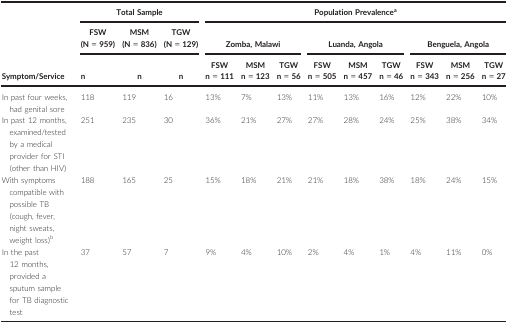
| <ROWSPAN=3> Symptom/Service | <COLSPAN=3> Total Sample | <COLSPAN=9> Population Prevalencea |
 | FSW (N = 959) | MSM (N = 836) | TGW (N = 129) | <COLSPAN=3> Zomba, Malawi | <COLSPAN=3> Luanda, Angola | <COLSPAN=3> Benguela, Angola |
 | n | n | n | FSW n = 111 | MSM n = 123 | TGW n = 56 | FSW n = 505 | MSM n = 457 | TGW n = 46 | FSW n = 343 | MSM n = 256 | TGW n = 27 |
 | --- | --- | --- | --- | --- | --- | --- | --- | --- | --- | --- | --- | --- |
 | In past four weeks, had genital sore | 118 | 119 | 16 | 13% | 7% | 13% | 11% | 13% | 16% | 12% | 22% | 10% |
 | In past 12 months, examined/tested by a medical provider for STI (other than HIV) | 251 | 235 | 30 | 36% | 21% | 27% | 27% | 28% | 24% | 25% | 38% | 34% |
 | With symptoms compatible with possible TB (cough, fever, night sweats, weight loss)b | 188 | 165 | 25 | 15% | 18% | 21% | 21% | 18% | 38% | 18% | 24% | 15% |
 | In the past 12 months, provided a sputum sample for TB diagnostic test | 37 | 57 | 7 | 9% | 4% | 10% | 2% | 4% | 1% | 4% | 11% | 0% |